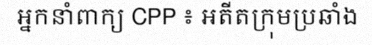
អ្នកនាំពាក្យ CPP ៖ អតីតក្រុមប្រឆាំង